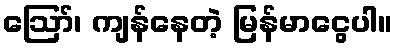
ဪ၊ ကျန်နေတဲ့ မြန်မာငွေပါ။